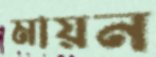
মায়ন